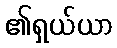
၏ရှယ်ယာ